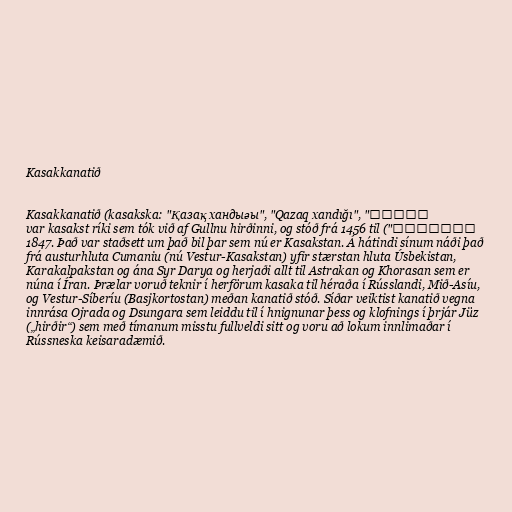
Kasakkanatið

Kasakkanatið (kasakska: "Қазақ хандығы", "Qazaq xandığı", "قازاق
خەندىغى") var kasakst ríki sem tók við af Gullnu hirðinni, og stóð frá 1456 til
1847. Það var staðsett um það bil þar sem nú er Kasakstan. Á hátindi sínum náði það
frá austurhluta Cumaniu (nú Vestur-Kasakstan) yfir stærstan hluta Úsbekistan,
Karakalpakstan og ána Syr Darya og herjaði allt til Astrakan og Khorasan sem er
núna í Íran. Þrælar voruð teknir í herförum kasaka til héraða í Rússlandi, Mið-Asíu,
og Vestur-Síberíu (Basjkortostan) meðan kanatið stóð. Síðar veiktist kanatið vegna
innrása Ojrada og Dsungara sem leiddu til í hnignunar þess og klofnings í þrjár Jüz
(„hirðir“) sem með tímanum misstu fullveldi sitt og voru að lokum innlimaðar í
Rússneska keisaradæmið.